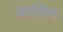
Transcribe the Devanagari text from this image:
मायिन